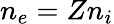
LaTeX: n_{e}=Zn_{i}